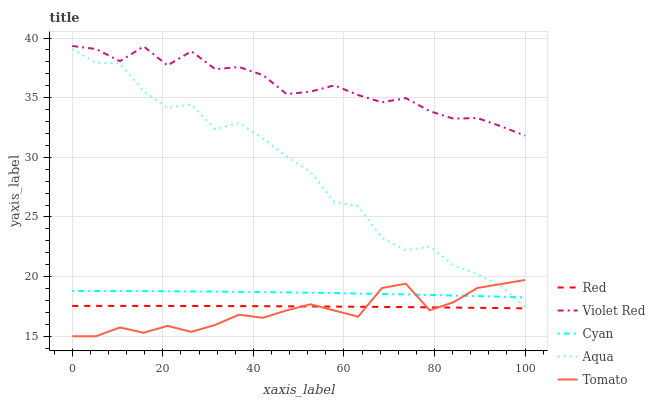
| xaxis_label | Red | Violet Red | Cyan | Aqua | Tomato |
 | --- | --- | --- | --- | --- | --- |
 | 0 | 17.5 | 39.3 | 18.8 | 39.1 | 15 |
 | 5.26 | 17.5 | 39.1 | 18.8 | 37.9 | 15 |
 | 10.5 | 17.5 | 38.1 | 18.8 | 37.9 | 15.7 |
 | 15.8 | 17.5 | 39.3 | 18.8 | 35.5 | 15.3 |
 | 21.1 | 17.5 | 37.7 | 18.8 | 34.2 | 15.9 |
 | 26.3 | 17.5 | 38.9 | 18.8 | 34.4 | 15.4 |
 | 31.6 | 17.5 | 37.4 | 18.7 | 32.4 | 15.9 |
 | 36.8 | 17.5 | 37.6 | 18.7 | 32.9 | 16.8 |
 | 42.1 | 17.5 | 36.9 | 18.7 | 31.6 | 16.5 |
 | 47.4 | 17.5 | 35.3 | 18.7 | 30.1 | 17.2 |
 | 52.6 | 17.5 | 35.5 | 18.6 | 28.8 | 17.7 |
 | 57.9 | 17.5 | 36 | 18.6 | 26.3 | 17.2 |
 | 63.2 | 17.5 | 35.2 | 18.6 | 25.9 | 16.6 |
 | 68.4 | 17.5 | 34.6 | 18.5 | 23.2 | 19 |
 | 73.7 | 17.4 | 35 | 18.5 | 22.2 | 19.4 |
 | 78.9 | 17.4 | 33.9 | 18.5 | 22.5 | 17.2 |
 | 84.2 | 17.4 | 33.2 | 18.4 | 21 | 17.9 |
 | 89.5 | 17.4 | 33.3 | 18.4 | 20.2 | 19 |
 | 94.7 | 17.4 | 32.6 | 18.3 | 19.2 | 19.4 |
 | 100 | 17.3 | 31.8 | 18.3 | 17.5 | 19.7 |